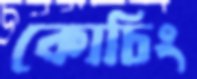
কোচিং